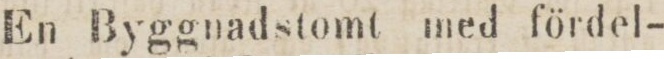
En Byggnadstomt med fördel-